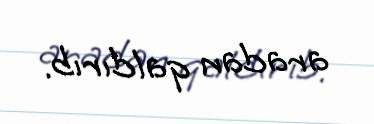
aradan qaldırıb.